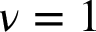
\nu = 1